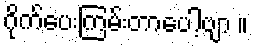
ဂိုက်ပေးကြမ်းတာပေါ့ဗျာ ။